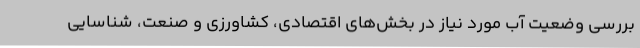
بررسی وضعیت آب مورد نیاز در بخش‌های اقتصادی، کشاورزی و صنعت، شناسایی